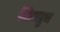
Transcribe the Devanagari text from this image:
निन्सुन